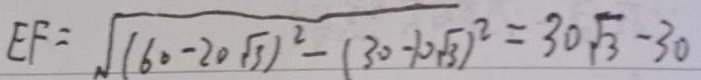
E F = \sqrt { ( 6 0 - 2 0 \sqrt { 3 } ) ^ { 2 } - ( 3 0 - 1 0 \sqrt { 3 } ) ^ { 2 } } = 3 0 \sqrt { 3 } - 3 0